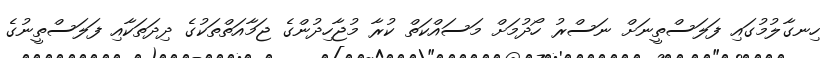
ހިނގާލުމުގައި ފަލަސްތީނަށް ނަސްރު ހޯދުމަށް މަސައްކަތް ކުރާ މުޖާހިދުންގެ ޖަމާއަތްތަކުގެ ދިދަތަކާއި ފަލަސްތީނުގެ